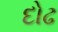
દોઢ